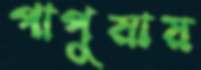
পাপুয়ায়